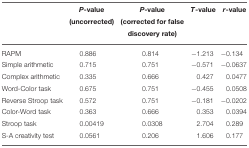
|  | P-value (uncorrected) | P-value (corrected for false discovery rate) | T-value | r-value |
 | --- | --- | --- | --- | --- |
 | RAPM | 0.886 | 0.814 | −1.213 | −0.134 |
 | Simple arithmetic | 0.715 | 0.751 | −0.571 | −0.0637 |
 | Complex arithmetic | 0.335 | 0.666 | 0.427 | 0.0477 |
 | Word-Color task | 0.675 | 0.751 | −0.455 | 0.0508 |
 | Reverse Stroop task | 0.572 | 0.751 | −0.181 | −0.0202 |
 | Color-Word task | 0.363 | 0.666 | 0.353 | 0.0394 |
 | Stroop task | 0.00419 | 0.0308 | 2.704 | 0.289 |
 | S-A creativity test | 0.0561 | 0.206 | 1.606 | 0.177 |